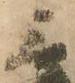
三